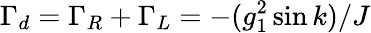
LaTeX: \Gamma_{d}=\Gamma_{R}+\Gamma_{L}=-(g_{1}^{2}\sin k)/J